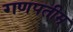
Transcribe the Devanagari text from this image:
गणपतीम्